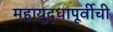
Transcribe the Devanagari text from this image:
महायुद्धापूर्वीची